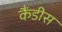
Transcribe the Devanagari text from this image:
कैंडीस